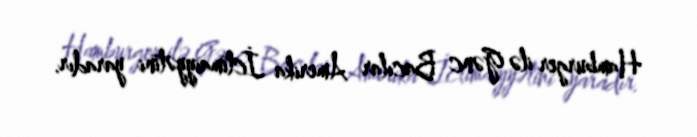
Hamburger ilə Gənc Bacılar Amerika İctimaiyyətini yaradır.